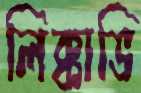
লিক্কাভি